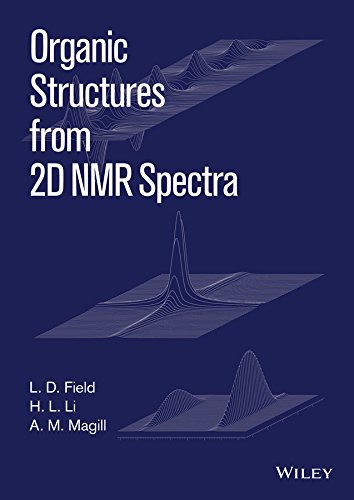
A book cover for Organic Structures from 2D NMR Spectra; L. D. Field; Science & Math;